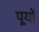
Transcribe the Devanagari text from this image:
पूयों